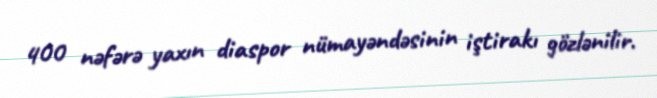
400 nəfərə yaxın diaspor nümayəndəsinin iştirakı gözlənilir.